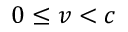
0 \leq v < c